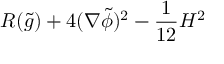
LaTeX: R ( \tilde { g } ) + 4 ( \nabla \tilde { \phi } ) ^ { 2 } - { \frac { 1 } { 1 2 } } H ^ { 2 }